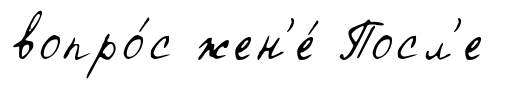
вопро́с жен'е́ Посл'е